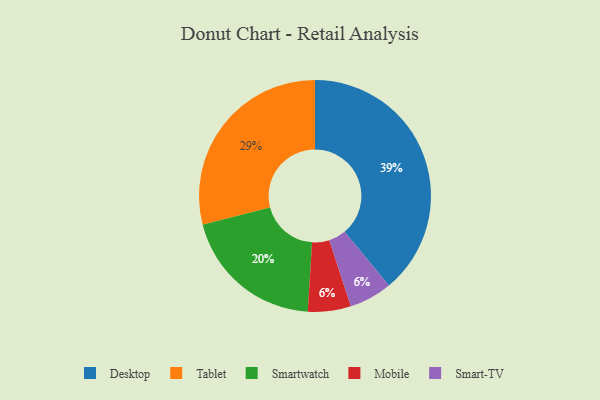
{"axis": {"x": "Category", "y": "Percentage"}, "legend": ["Desktop", "Mobile", "Smart-TV", "Smartwatch", "Tablet"], "data": [{"x": "Smartwatch", "y": 20, "type": "Smartwatch"}, {"x": "Mobile", "y": 6, "type": "Mobile"}, {"x": "Smart-TV", "y": 6, "type": "Smart-TV"}, {"x": "Tablet", "y": 29, "type": "Tablet"}, {"x": "Desktop", "y": 39, "type": "Desktop"}]}